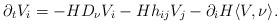
LaTeX: \begin{align*}\partial_t V_i = -H D_\nu V_i -H h_{ij} V_j -\partial_i H \langle V,\nu\rangle.\end{align*}